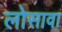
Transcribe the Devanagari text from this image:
लोसावा